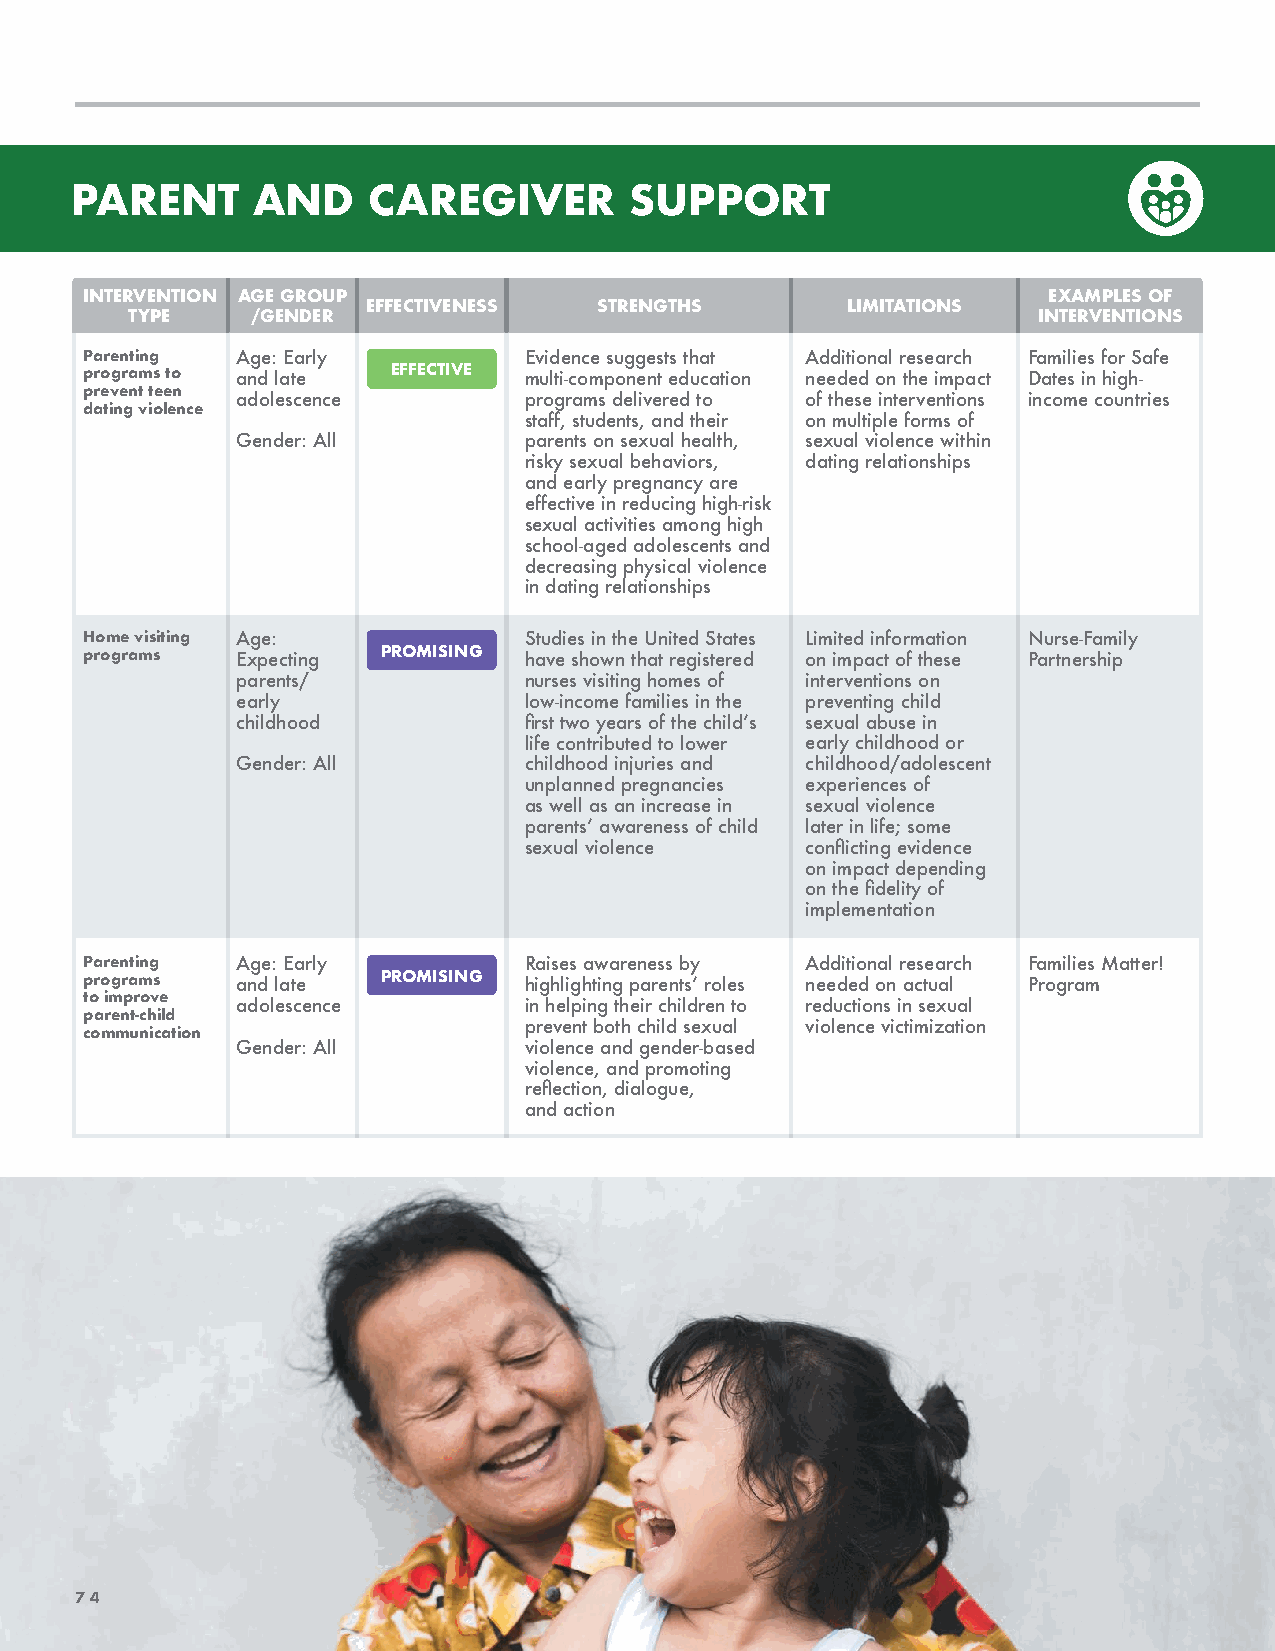
PARENT      AND    CAREGIVER         SUPPORT
 INTERVENTION AGE GROUP                                          EXAMPLES OF
 EFFECTIVENESS   STRENGTHS       LIMITATIONS
 TYPE    /GENDER                                             INTERVENTIONS
 Parenting Age: Early         Evidence suggests that Additional research Families for Safe
 programs to and late EFFECTIVE multi-component education needed on the impact Dates in high-
 prevent teen adolescence     programs delivered to of these interventions income countries
 dating violence
 staff, students, and their on multiple forms of
 Gender: All        parents on sexual health, sexual violence within
 risky sexual behaviors, dating relationships
 and early pregnancy are
 effective in reducing high-risk
 sexual activities among high
 school-aged adolescents and
 decreasing physical violence
 in dating relationships
 Home visiting Age:           Studies in the United States Limited information Nurse-Family
 programs  Expecting PROMISING have shown that registered on impact of these Partnership
 parents/           nurses visiting homes of interventions on
 early              low-income families in the preventing child
 childhood          first two years of the child’s sexual abuse in
 life contributed to lower early childhood or
 Gender: All        childhood injuries and childhood/adolescent
 unplanned pregnancies experiences of
 as well as an increase in sexual violence
 parents’ awareness of child later in life; some
 sexual violence   conflicting evidence
 on impact depending
 on the fidelity of
 implementation
 Parenting Age: Early         Raises awareness by Additional research Families Matter!
 programs  and late PROMISING highlighting parents’ roles needed on actual Program
 to improve adolescence       in helping their children to reductions in sexual
 parent-child
 prevent both child sexual violence victimization
 communication
 Gender: All        violence and gender-based
 violence, and promoting
 reflection, dialogue,
 and action
 7744